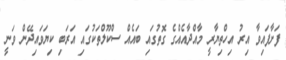
ފަށާފައިވާ އިރު އިހްތިޔާރީ މާއްދާއެއްގެ ގޮތުގައި ބައެއް ސްކޫލްތަކުގައި އަރަބި ކިޔަވައިދޭން ވަނީ